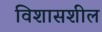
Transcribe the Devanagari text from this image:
विशासशील